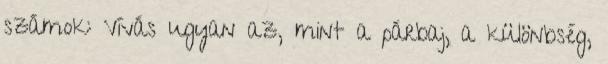
számok: Vívás ugyan az, mint a párbaj, a különbség,